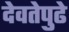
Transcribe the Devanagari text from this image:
देवतेपुढे